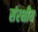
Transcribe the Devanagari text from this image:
संरक्षीय